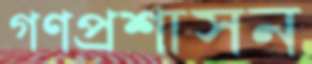
গণপ্রশাসন